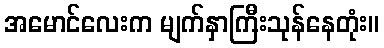
အမောင်လေးက မျက်နှာကြီးသုန်နေတုံး။